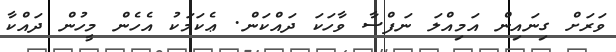
ވަރަށް ގިނައިން އަމިއްލަ ނަފްސާ ވާހަކަ ދައްކަން. ޢެކަމަކު އެހެން މީހުން ދައްކާ